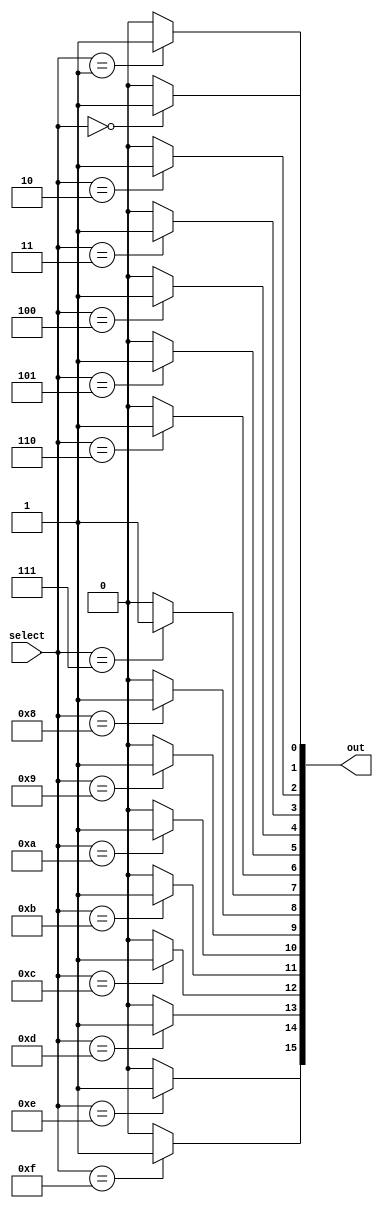
module decoder(
  input [3:0] select, 
  output [15:0] out);
  // 16    4   

  assign out[0]  = (select == 4'b0000) ? 1'b1 : 1'b0;
  assign out[1]  = (select == 4'b0001) ? 1'b1 : 1'b0;
  assign out[2]  = (select == 4'b0010) ? 1'b1 : 1'b0;
  assign out[3]  = (select == 4'b0011) ? 1'b1 : 1'b0;
  assign out[4]  = (select == 4'b0100) ? 1'b1 : 1'b0;
  assign out[5]  = (select == 4'b0101) ? 1'b1 : 1'b0;
  assign out[6]  = (select == 4'b0110) ? 1'b1 : 1'b0;
  assign out[7]  = (select == 4'b0111) ? 1'b1 : 1'b0;
  assign out[8]  = (select == 4'b1000) ? 1'b1 : 1'b0;
  assign out[9]  = (select == 4'b1001) ? 1'b1 : 1'b0;
  assign out[10] = (select == 4'b1010) ? 1'b1 : 1'b0;
  assign out[11] = (select == 4'b1011) ? 1'b1 : 1'b0;
  assign out[12] = (select == 4'b1100) ? 1'b1 : 1'b0;
  assign out[13] = (select == 4'b1101) ? 1'b1 : 1'b0;
  assign out[14] = (select == 4'b1110) ? 1'b1 : 1'b0;
  assign out[15] = (select == 4'b1111) ? 1'b1 : 1'b0;
endmodule